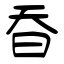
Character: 昋